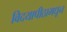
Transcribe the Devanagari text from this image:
विदयापीठामधून